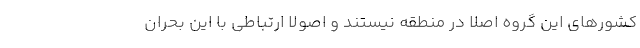
کشورهای این گروه اصلا در منطقه نیستند و اصولا ارتباطی با این بحران